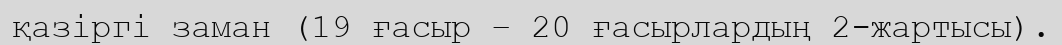
қазіргі заман (19 ғасыр – 20 ғасырлардың 2-жартысы).